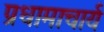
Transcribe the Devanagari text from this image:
प्रधामाचार्य